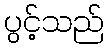
ပွင့်သည်